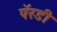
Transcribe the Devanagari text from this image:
पॅरडी